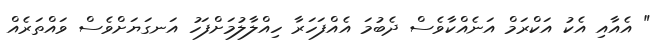
" އެއާއި އެކު އަކްރަމް އަނެއްކާވެސް ދެބުމަ އެއްފަހަރާ ހިއްލާލުމަށްފަހު އަނގަޔަށްވެސް ވައްތަރެއް